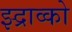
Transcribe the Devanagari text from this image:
झ्द्राव्को